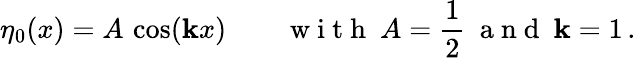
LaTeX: \eta_{0}(x)=A\, \cos(\mathbf{k}x)\qquad\mathrm{{~w~i~t~h~}}\ A=\frac{{1}}{{2}}\ \mathrm{{~a~n~d~}}\ \mathbf{k}=1\, .